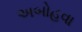
અબોહવા